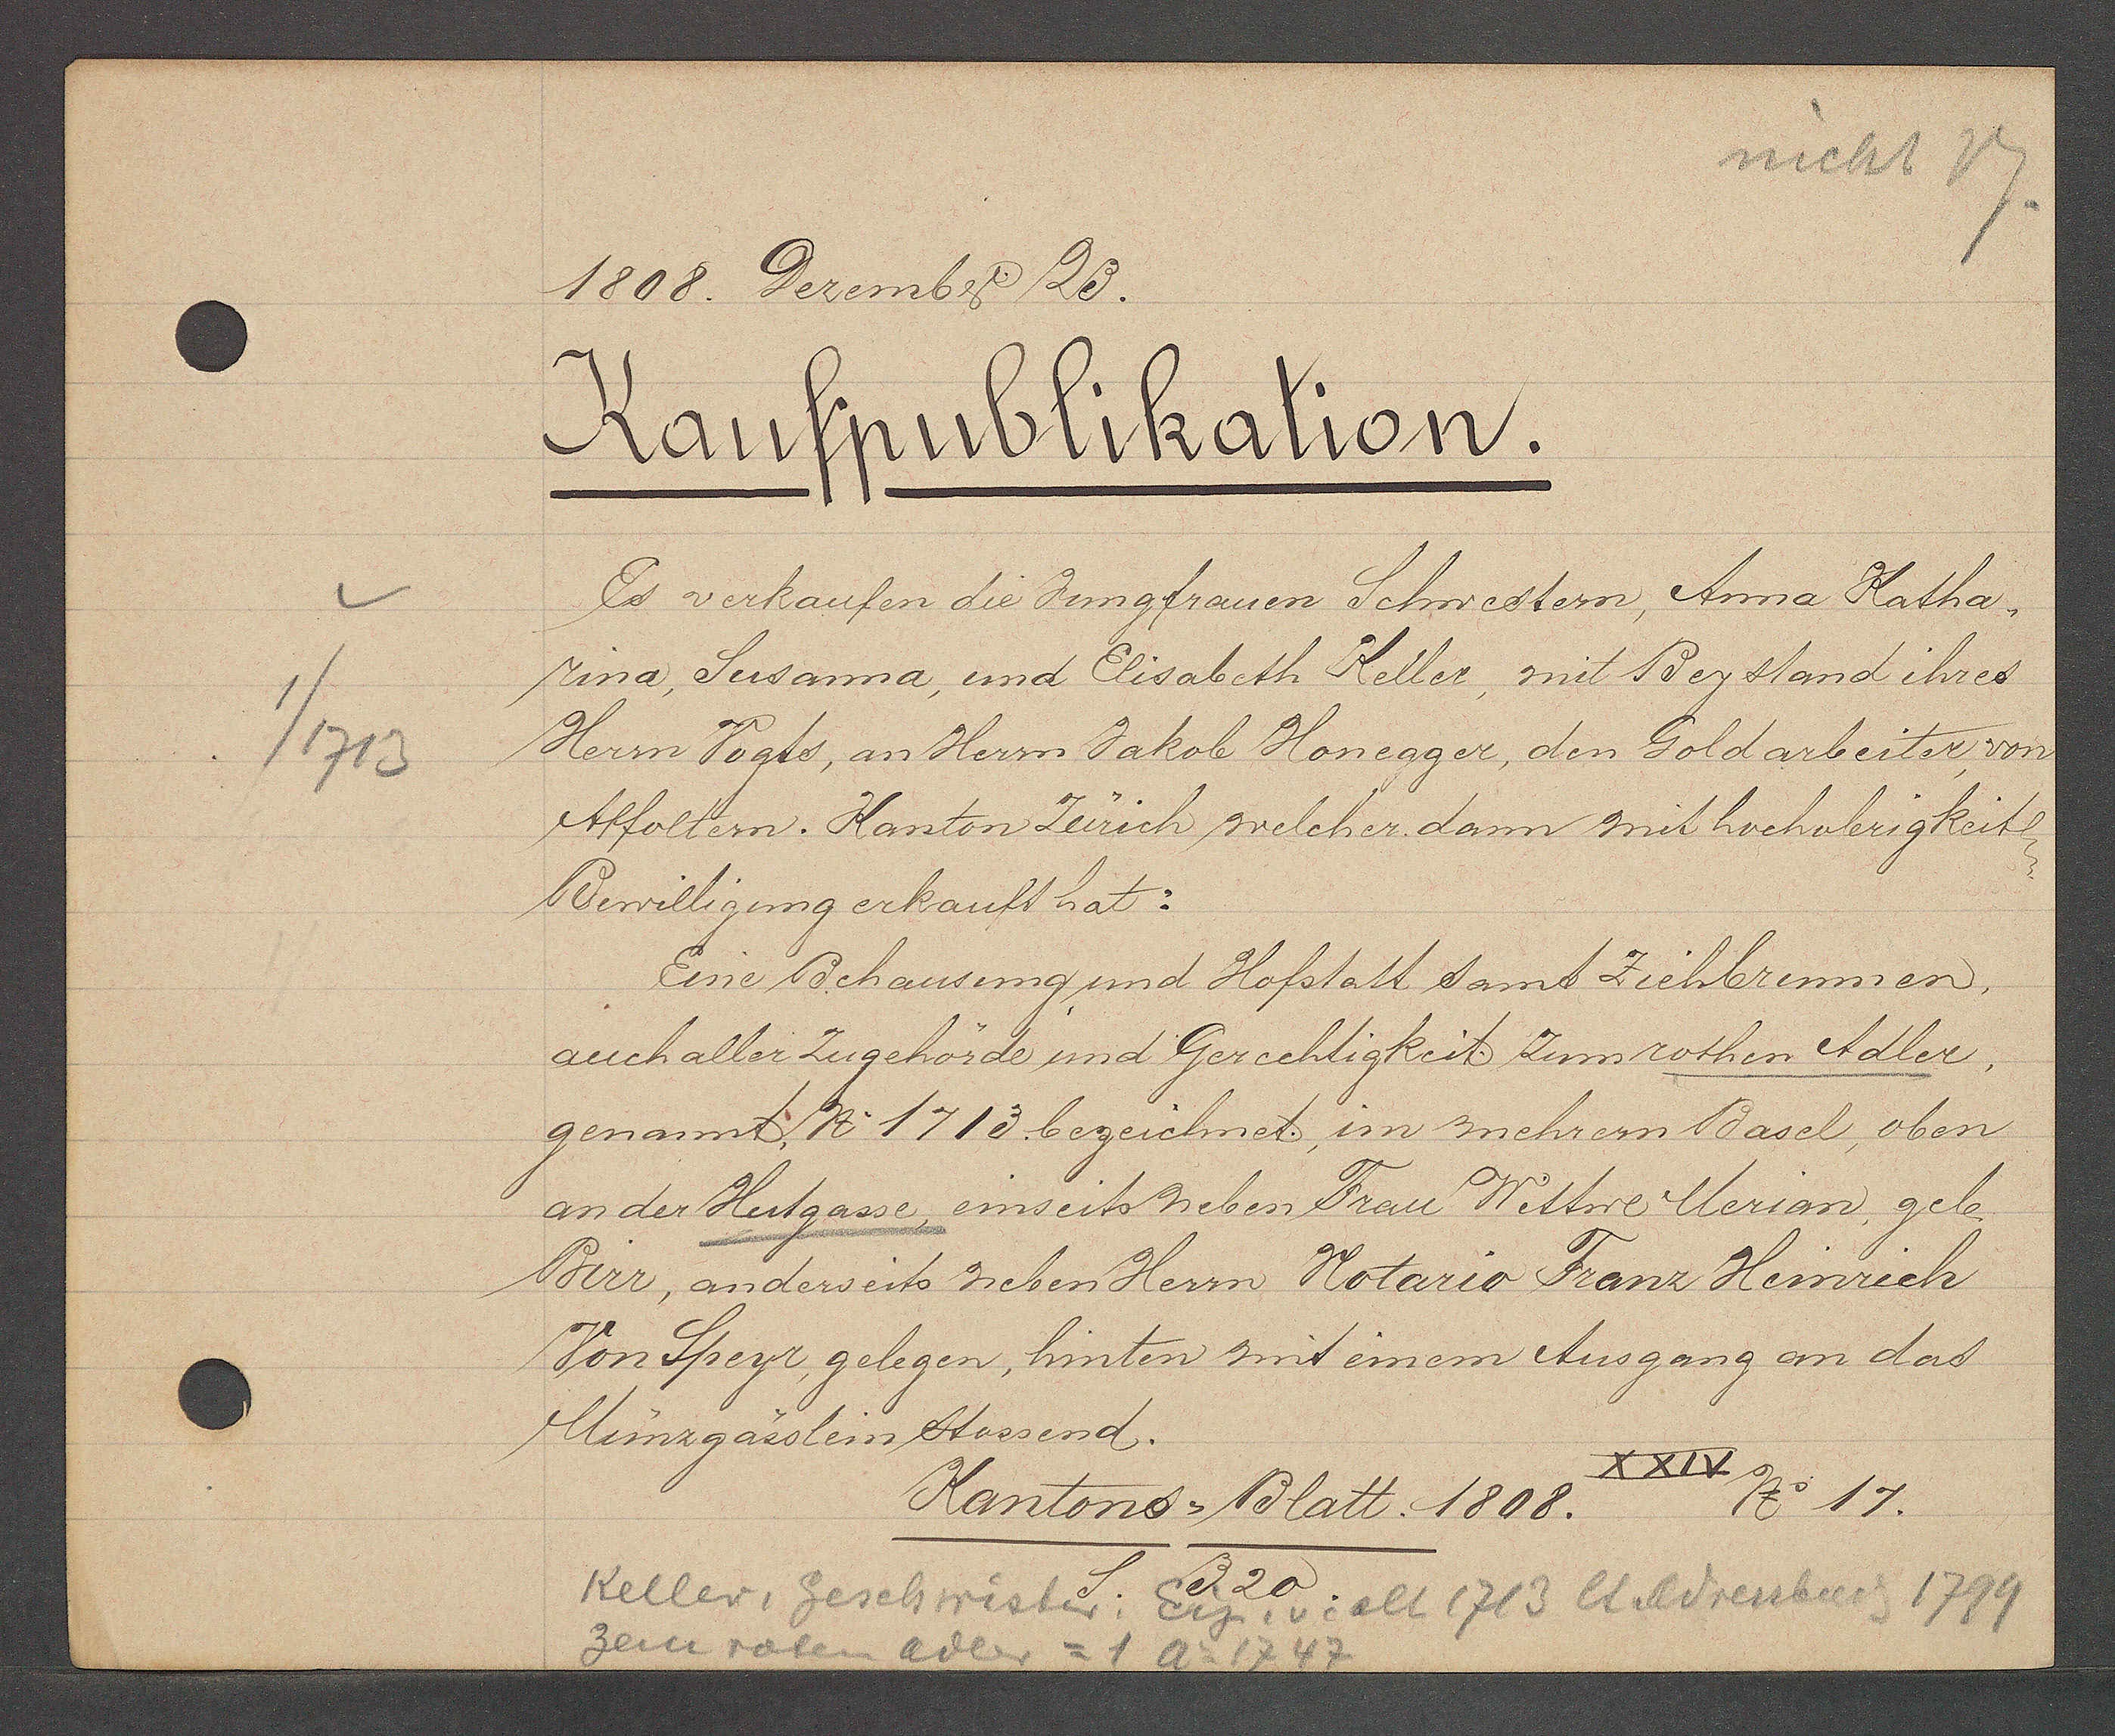
Transcript:
1/1713

1808. Dezember 20.

Kaufpublikation.
rina Susanna, und Elisabeth Keller, mit Bezstand ihres
Herrn Vogts, an Herrn Jakob Honegger, den Goldarbeiter von
Affoltern. Kanton Zürich welcher dann mit hochoberigkeit
Bewilligung erkauft hat:
Es verkaufen die Jungfrauen Schwestern, Anna Katha-
auch aller Zugehörde und Gerechtigkeit zum rothen Adler.
genannt, No 1713 bezeichnet im mehrern Basel, oben
an der Hertgasse, einseits neben Frau Wittwe Merian, geb
Birr, anderseits neben Herrn Notario Franz Heinrich
Von Speyr gelegen, hinten mit einem Ausgang an das
Münzgässlein stossend.
Eine Behausung und Hofstatt samt Ziehbrunnen

Kantons-Blatt. 1808.
XXIV
No. 17

Keller, Geschwister: Eig. v. alt 1713 lt Adressbuch 1799
Zem roten Adler = 1 Ao 1747
320